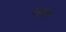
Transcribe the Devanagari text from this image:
वहाडणे